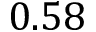
0 . 5 8